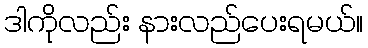
ဒါကိုလည်း နားလည်ပေးရမယ်။